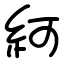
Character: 䋍